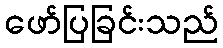
ဖော်ပြခြင်းသည်